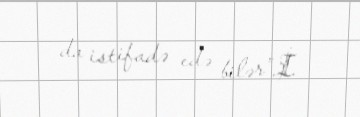
da istifadə edə bilər”.İ.